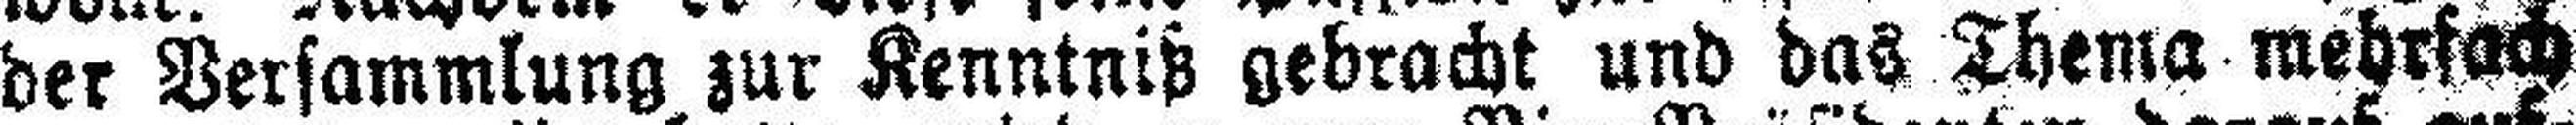
der Versammlung zur Kenntniß gebracht und das Thema mehrfach